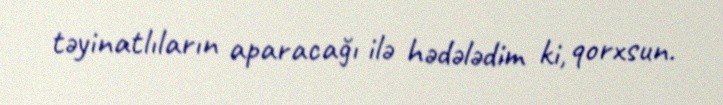
təyinatlıların aparacağı ilə hədələdim ki, qorxsun.